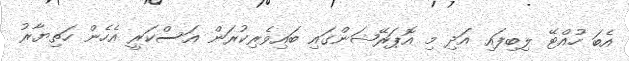
އެބަ ހުއްޓޭ ލިބިފައި އަދި މި އޮޕަރޭޝަންގައި ބައިވެރިކުރަން އަސްކަރީ އެހެން ހަތިޔާރު